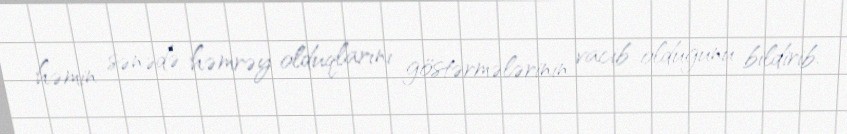
həmin sənədə həmrəy olduqlarını göstərmələrinin vacib olduğunu bildirib.